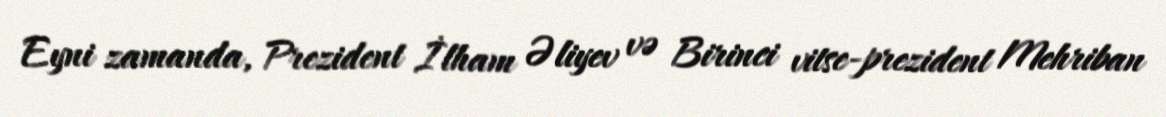
Eyni zamanda, Prezident İlham Əliyev və Birinci vitse-prezident Mehriban